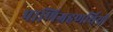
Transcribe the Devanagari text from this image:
पाणिग्रहणर्थियों